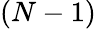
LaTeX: (N-1)